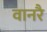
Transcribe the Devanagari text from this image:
वानरै